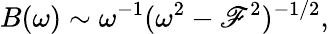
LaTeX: B(\omega)\sim\omega^{-1}(\omega^{2}-\mathscr{F}^{2})^{-1/2},